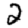
Digit: 2